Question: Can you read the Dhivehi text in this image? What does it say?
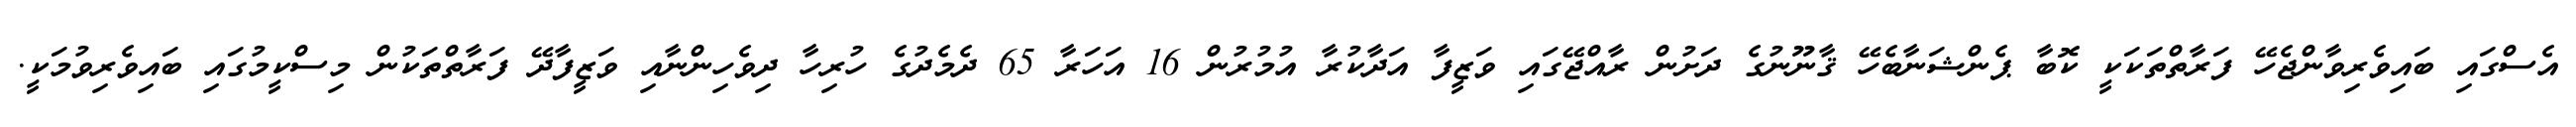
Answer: އެސްގައި ބައިވެރިވާންޖެހޭ ފަރާތްތަކަކީ ކޮބާ ޕެންޝަނާބެހޭ ޤާނޫނުގެ ދަށުން ރާއްޖޭގައި ވަޒީފާ އަދާކުރާ އުމުރުން 16 އަހަރާ 65 ދެމެދުގެ ހުރިހާ ދިވެހިންނާއި ވަޒީފާދޭ ފަރާތްތަކުން މިސްކީމުގައި ބައިވެރިވުމަކީ.